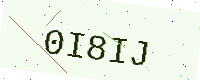
Text: 0I8IJ